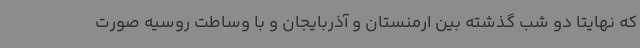
که نهایتا دو شب گذشته بین ارمنستان و آذربایجان و با وساطت روسیه صورت